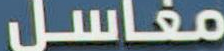
مغاسل